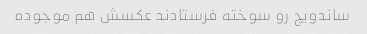
ساندویچ رو سوخته فرستادند عکسش هم موجوده